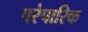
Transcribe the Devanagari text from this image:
परंपारिक